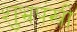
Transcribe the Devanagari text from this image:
शुभ्रपंखी